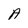
Character: A